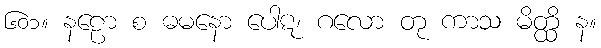
၆၀၁။ နဠော စ ဓမနော ပေါဋ၊ ဂလော တု ကာသ မိတ္ထိ န။